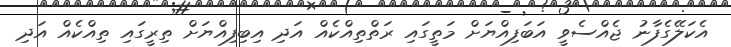
އެކަލޭގެފާނު ޖެއްސެވީ އަބަފިއްޔަށް މަތީގައި ރަތްތިއްކެއް އަދި އިބިފިއްޔަށް ތިރީގައި ތިއްކެއް އަދި